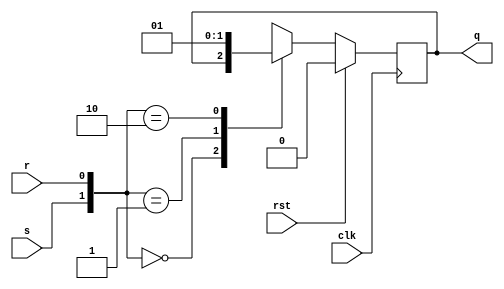
module sr_ff(rst,s,r,q,clk);
input rst,s,r,clk;
output reg q;
//output qbar;
always@(posedge clk) 
begin 
if(rst) 
q<=0;
else 
begin 
case({s,r}) 
2'b00:q<=q;
2'b01:q<=1'b0;
2'b10:q<=1'b1;
2'b11:q<=1'bx;
endcase 
end 
end
endmodule